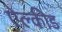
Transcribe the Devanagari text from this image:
ऐल्कीड